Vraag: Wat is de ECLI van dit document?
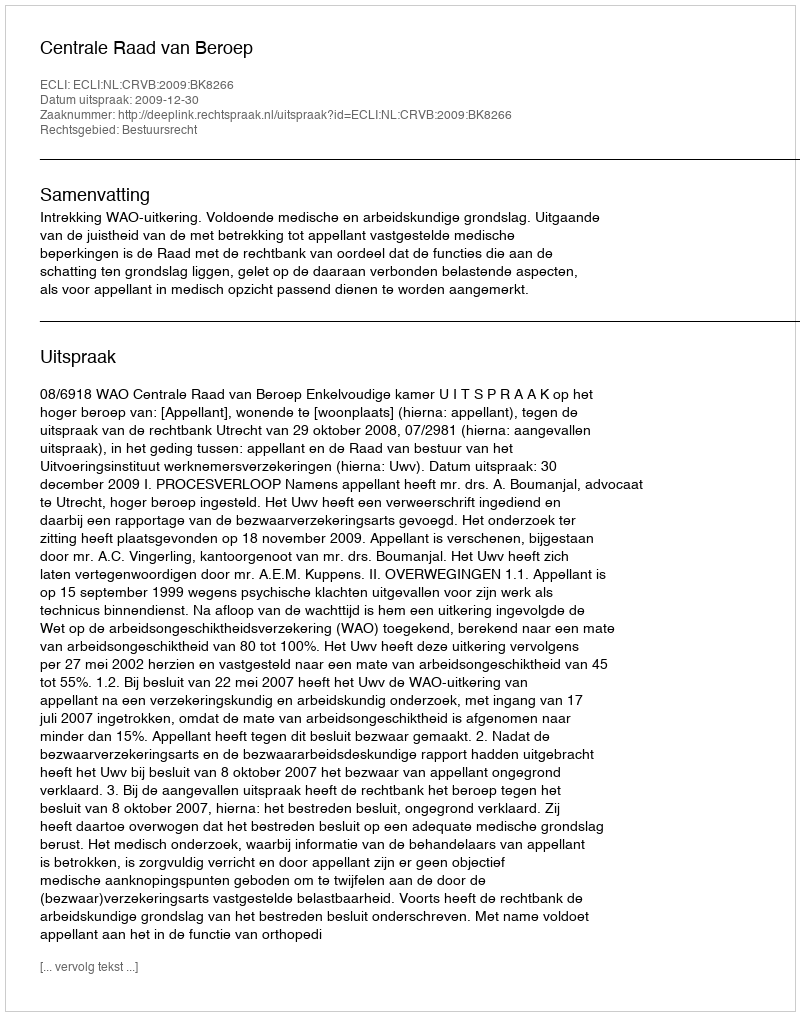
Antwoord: ECLI:NL:CRVB:2009:BK8266